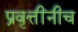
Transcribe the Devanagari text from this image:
प्रवृत्तींनीच